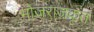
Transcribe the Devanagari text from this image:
भोजराजकृत